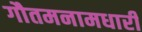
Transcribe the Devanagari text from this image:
गौतमनामधारी